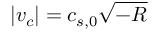
| v _ { c } | = c _ { s , 0 } \sqrt { - R }